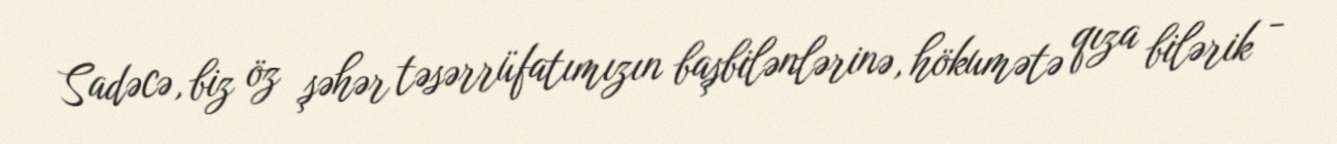
Sadəcə, biz öz şəhər təsərrüfatımızın başbilənlərinə, hökumətə qıza bilərik -